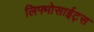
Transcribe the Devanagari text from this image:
लिफ्मोसाईट्स